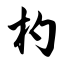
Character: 杓